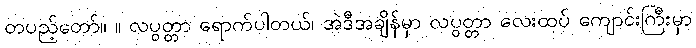
တပည့်တော်။ ။ လပွတ္တာ ရောက်ပါတယ်၊ အဲဒီအချိန်မှာ လပွတ္တာ လေးထပ် ကျောင်းကြီးမှာ